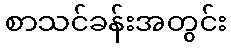
စာသင်ခန်းအတွင်း